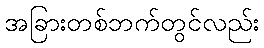
အခြားတစ်ဘက်တွင်လည်း